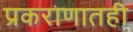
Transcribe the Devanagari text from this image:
प्रकराणातही